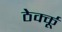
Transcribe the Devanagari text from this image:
ठेर्क्कू